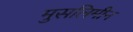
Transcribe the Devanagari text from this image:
मुसलिमीन